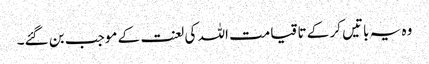
وہ یہ باتیں کر کے تا قیامت اللہ کی لعنت کے موجب بن گئے۔